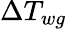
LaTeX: \Delta{T_{wg}}